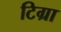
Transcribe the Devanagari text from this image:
टिग्रा